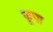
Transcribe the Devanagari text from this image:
कूपा